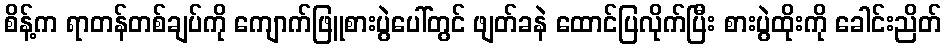
စိန့်က ရာတန်တစ်ချပ်ကို ကျောက်ဖြူစားပွဲပေါ်တွင် ဖျတ်ခနဲ ထောင်ပြလိုက်ပြီး စားပွဲထိုးကို ခေါင်းညိတ်